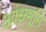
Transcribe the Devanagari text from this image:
आंध्रभूमि